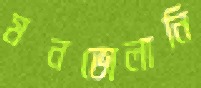
মনভোলানি